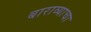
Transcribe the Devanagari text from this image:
बाराव्याचा